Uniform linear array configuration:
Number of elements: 64
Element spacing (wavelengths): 0.25
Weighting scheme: hann
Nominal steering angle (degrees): -15
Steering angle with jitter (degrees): -16.173
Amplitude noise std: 0.05
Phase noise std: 0.05

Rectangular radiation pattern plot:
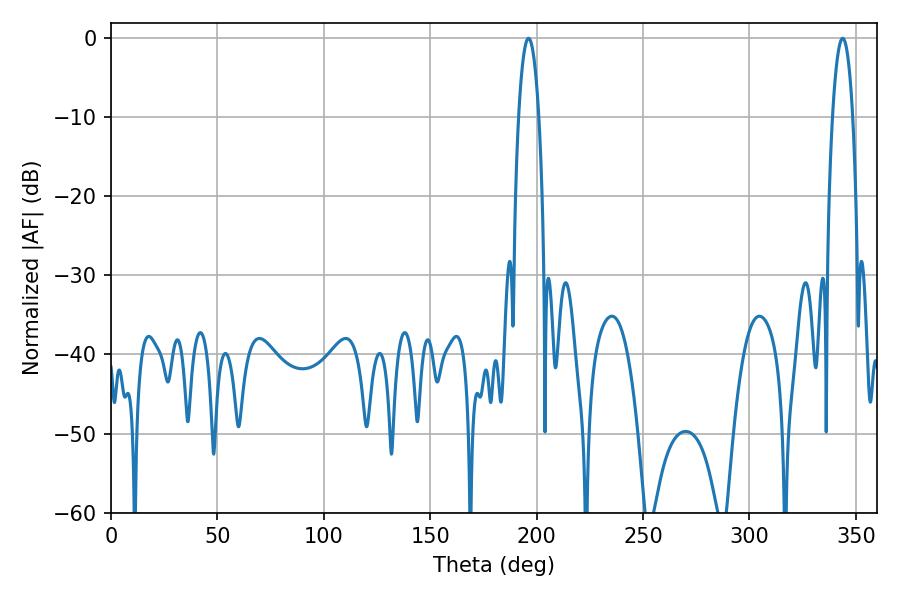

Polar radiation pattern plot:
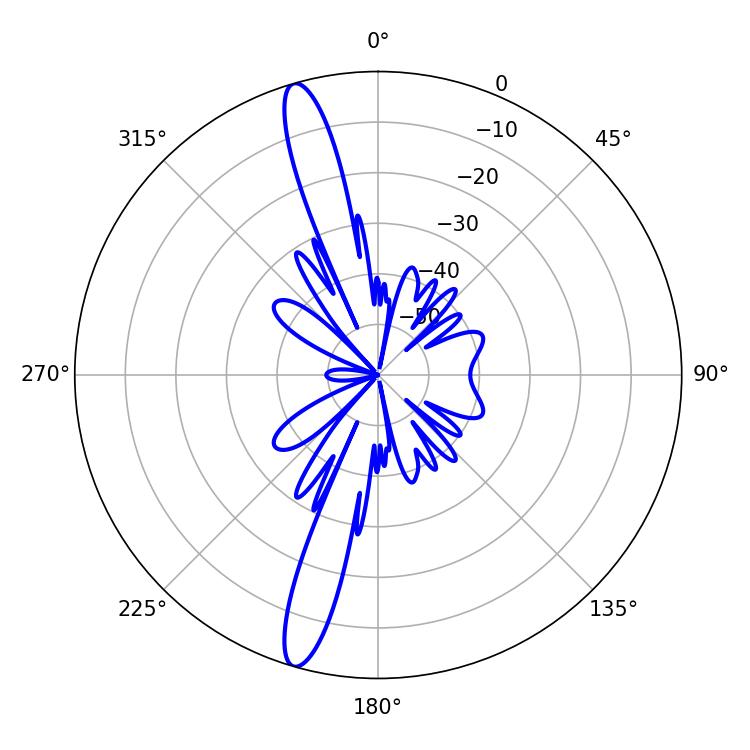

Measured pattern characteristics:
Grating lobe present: FALSE
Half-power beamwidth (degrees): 5.4
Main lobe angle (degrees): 343.8